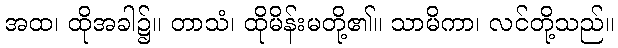
အထ၊ ထိုအခါ၌။ တာသံ၊ ထိုမိန်းမတို့၏။ သာမိကာ၊ လင်တို့သည်။